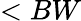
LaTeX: <BW